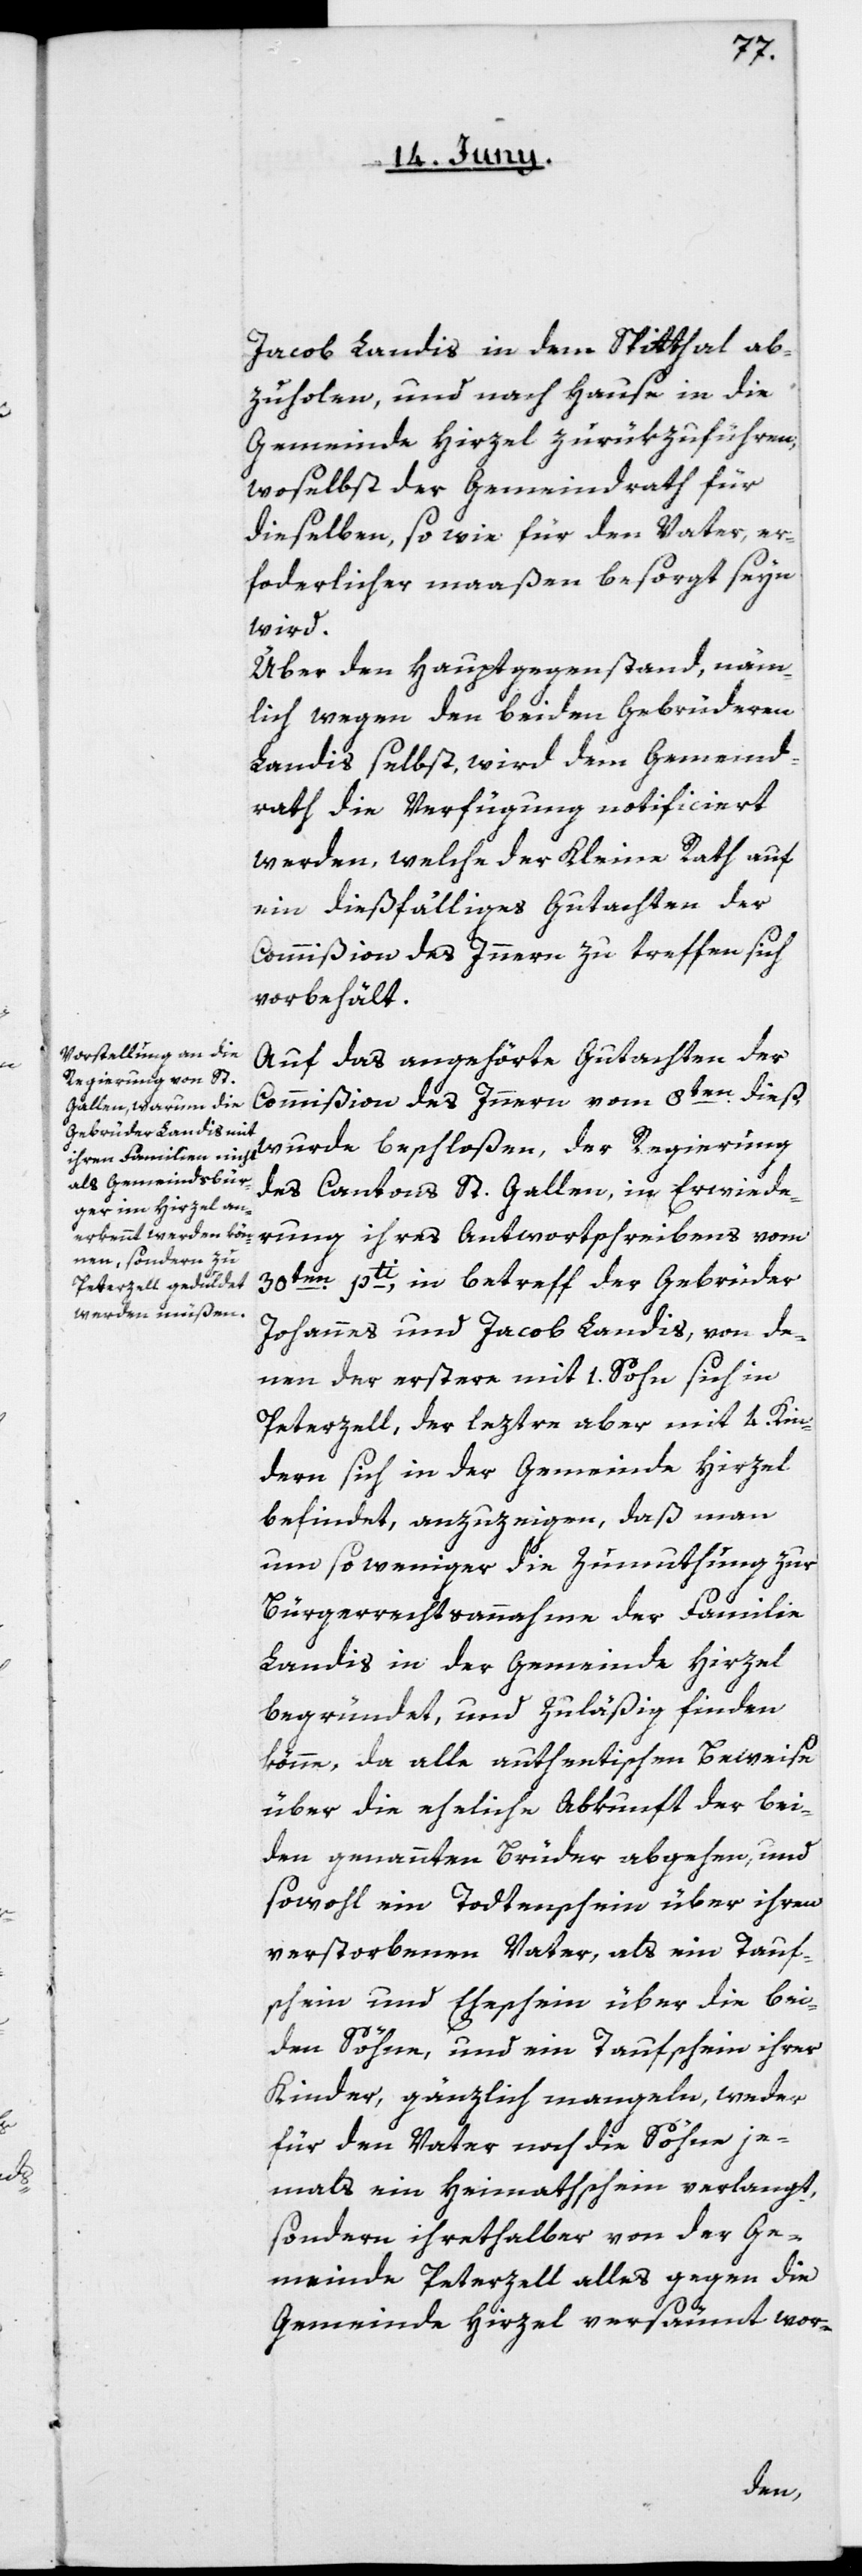
Jacob Landis in dem Spitthal ab¬
zuholen, und nach Hause in die
Gemeinde Hirzel zurükzuführen,
woselbst der Gemeindrath für
dieselben, so wie für den Vater, er¬
forderlicher maaßen besorgt seyn
wird.
Über den Hauptgegenstand, näm¬
lich wegen den beiden Gebrüderen
Landis selbst, wird dem Gemeind¬
rath die Verfügung notificiert
werden, welche der Kleine Rath auf
ein dießfälliges Gutachten der
Commißion des Innern zu treffen sich
vorbehält.
Auf das angehörte Gutachten der
Commißion des Innern vom 8ten dieß,
wurde beschloßen, der Regierung
des Cantons St. Gallen, in Erwiede¬
rung ihres Antwortschreibens vom
30ten pti, in betreff der Gebrüder
Johannes und Jacob Landis, von de¬
nen der erstere mit 1. Sohn sich in
Peterzell, der leztere aber mit 4. Kin¬
dern sich in der Gemeinde Hirzel
befindet, anzuzeigen, daß man
um so weniger die Zumuthung zur
Bürgerrechtsannahme der Familie
Landis in der Gemeinde Hirzel
begründet, und zuläßig finden
könne, da alle authentischen Beweise
über die eheliche Abkunft der bei¬
den genannten Brüder abgehen, und
sowohl ein Todtenschein über ihren
verstorbenen Vater, als ein Tauf¬
schein und Eheschein über die bei¬
den Söhne, und ein Taufschein ihrer
Kinder, gänzlich mangeln, weder
für den Vater noch die Söhne je¬
mals ein Heimathschein verlangt,
sondern ihrethalber von der Ge¬
meinde Peterzell alles gegen die
Gemeinde Hirzel versäumt wor-